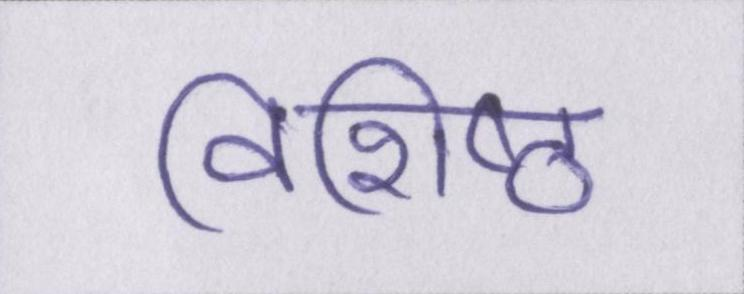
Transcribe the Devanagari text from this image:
विशिष्ठ